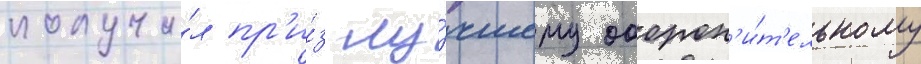
получи́л пр'и́з лу́чшему оборон'и́т'ельному